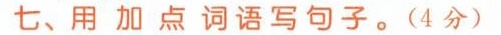
七、用加点词语写句子。(4分)